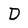
Character: D